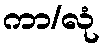
ကာ/လုံ